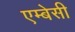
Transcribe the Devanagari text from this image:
एम्‍बेसी